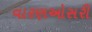
વારણઓસરી